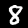
Digit: 8